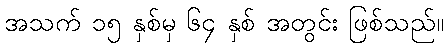
အသက် ၁၅ နှစ်မှ ၆၄ နှစ် အတွင်း ဖြစ်သည်။